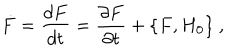
LaTeX: \dot { F } = \frac { d F } { d t } = \frac { \partial F } { \partial t } + \{ F , H _ { 0 } \} \ ,